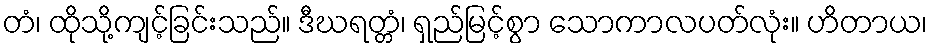
တံ၊ ထိုသို့ကျင့်ခြင်းသည်။ ဒီဃရတ္တံ၊ ရှည်မြင့်စွာ သောကာလပတ်လုံး။ ဟိတာယ၊